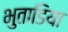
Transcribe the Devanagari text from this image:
भुताडिया